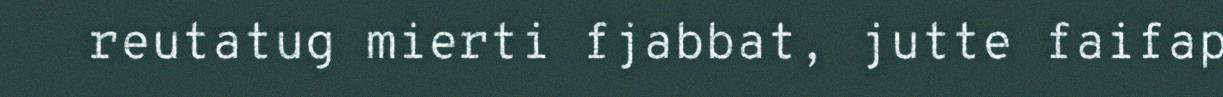
reutatug mierti fjabbat, jutte faifap